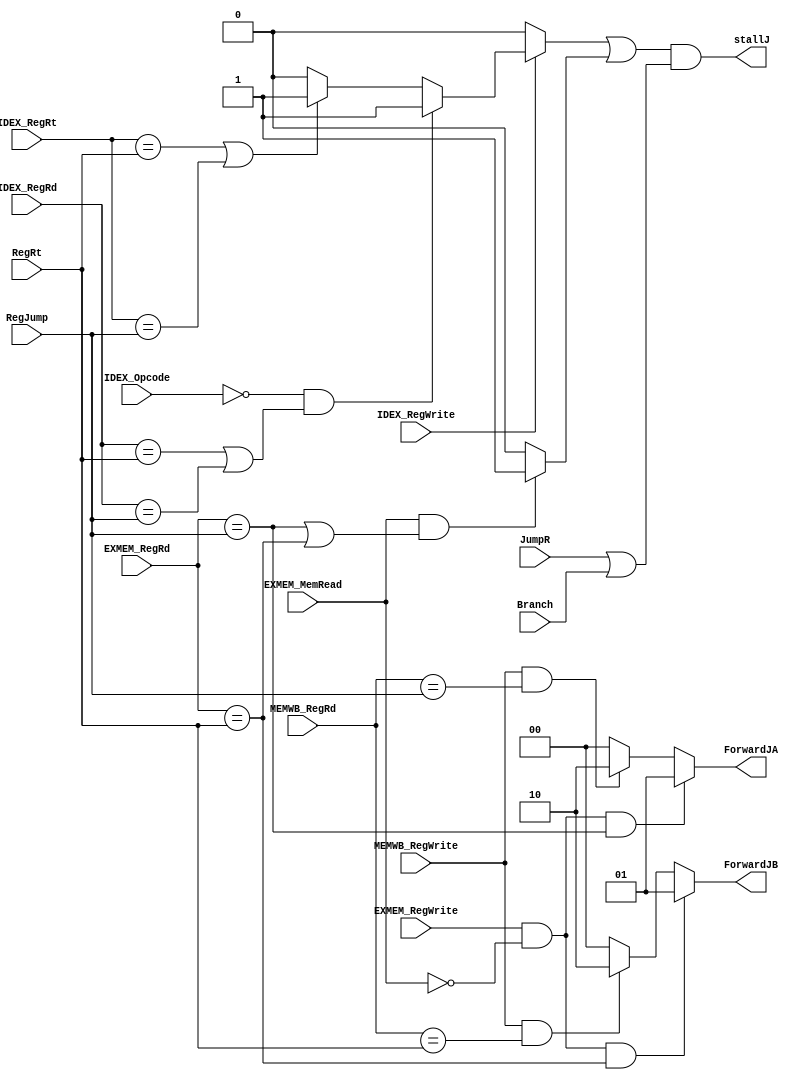
module forward_jump(
JumpR,
Branch,

RegJump,		
RegRt,

IDEX_Opcode,
                
IDEX_RegWrite,	
IDEX_RegRt,		
IDEX_RegRd,		
                
EXMEM_RegWrite,	
EXMEM_MemRead,	
EXMEM_RegRd,	
                
MEMWB_RegWrite,	
MEMWB_RegRd,	
                
ForwardJA,
ForwardJB,
stallJ			
);

//input output
	
	input JumpR;
	input Branch;
	input[4:0] 	RegJump;		
	input[4:0]  RegRt;
	input[5:0] 	IDEX_Opcode;

	input 		IDEX_RegWrite;	
	input[4:0] 	IDEX_RegRt;		
	input[4:0] 	IDEX_RegRd;		

	input 		EXMEM_RegWrite;		
	input 		EXMEM_MemRead;		
	input[4:0] 	EXMEM_RegRd;		

	input 		MEMWB_RegWrite;		
	input[4:0] 	MEMWB_RegRd;		

	output[1:0] ForwardJA;
	output[1:0] ForwardJB;
	output 		stallJ;			
//reg & wire
	reg[1:0] ForwardJA_r;
	reg[1:0] ForwardJB_r;
	reg[1:0] stallJ_r;
	reg[1:0] stallB_r;
//combinatinal
	assign stallJ = (stallJ_r[0] || stallJ_r[1] ) && (JumpR || Branch );
	assign ForwardJA = ForwardJA_r;
	assign ForwardJB = ForwardJB_r;
	//stall
	always@(*) begin

		if(IDEX_RegWrite) begin
			if(IDEX_Opcode == 6'b000000 && (IDEX_RegRd == RegRt  || IDEX_RegRd == RegJump))
				stallJ_r[0] = 1'b1;
			else if(IDEX_RegRt == RegRt || IDEX_RegRt == RegJump)
				stallJ_r[0] = 1'b1;
			else
				stallJ_r[0] = 1'b0;
		end
		else begin
			stallJ_r[0] = 1'b0;
		end

		if(EXMEM_MemRead && (EXMEM_RegRd == RegJump || EXMEM_RegRd == RegRt)) begin
			stallJ_r[1] = 1'b1;
		end
		else begin
			stallJ_r[1] = 1'b0;
		end

	end
	//Forwarding
	always@(*) begin
		if(EXMEM_RegWrite && !EXMEM_MemRead && (EXMEM_RegRd == RegJump))
			ForwardJA_r = 2'b01;
		else if(MEMWB_RegWrite && (MEMWB_RegRd == RegJump))
			ForwardJA_r = 2'b10;
		else
			ForwardJA_r = 2'b00;


		if(EXMEM_RegWrite && !EXMEM_MemRead && (EXMEM_RegRd == RegRt))
			ForwardJB_r = 2'b01;
		else if(MEMWB_RegWrite && (MEMWB_RegRd == RegRt))
			ForwardJB_r = 2'b10;
		else
			ForwardJB_r = 2'b00;

	end
//no sequentioal
endmodule